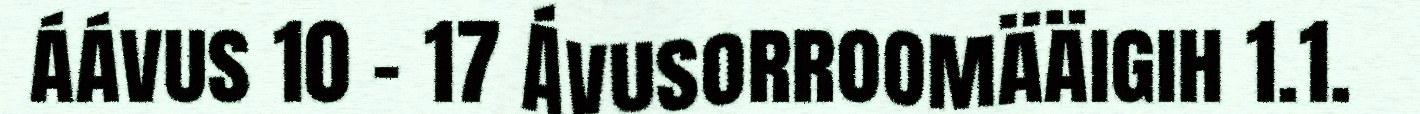
áávus 10 - 17 Ávusorroomääigih 1.1.